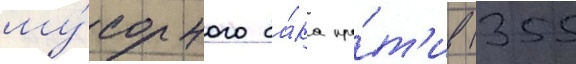
му́сорного ба́ка про́т'ив (355